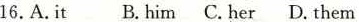
16.A.It B.him C.her D.them